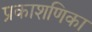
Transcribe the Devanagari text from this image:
प्रकाशणिका